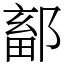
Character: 鄐